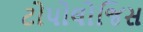
ટોપોલોજિસ